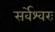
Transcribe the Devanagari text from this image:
सर्वेश्वरः